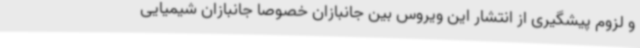
و لزوم پیشگیری از انتشار این ویروس بین جانبازان خصوصا جانبازان شیمیایی